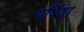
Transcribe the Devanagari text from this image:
पर्षिया